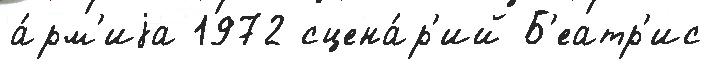
а́рм'иjа 1972 сцена́р'ий Б'еатр'ис